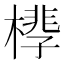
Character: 𪳧